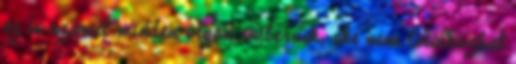
ez is számít minden olyan embernek, aki nem találkozhat